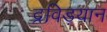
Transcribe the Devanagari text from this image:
द्रविड़यान